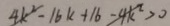
4 k ^ { 2 } - 1 6 k + 1 6 - 4 k ^ { 2 } > 0